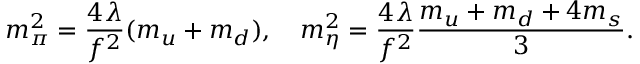
m _ { \pi } ^ { 2 } = \frac { 4 \lambda } { f ^ { 2 } } ( m _ { u } + m _ { d } ) , \quad m _ { \eta } ^ { 2 } = \frac { 4 \lambda } { f ^ { 2 } } \frac { m _ { u } + m _ { d } + 4 m _ { s } } { 3 } .